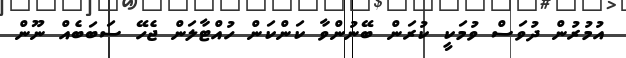
އުމުރުން ދުވަސް ވުމަކީ ކުރަން ބޭނުންވާ ކަންކަން ހުއްޓާލަން ޖެހޭ ސަބަބެއް ނޫން